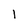
Character: 1